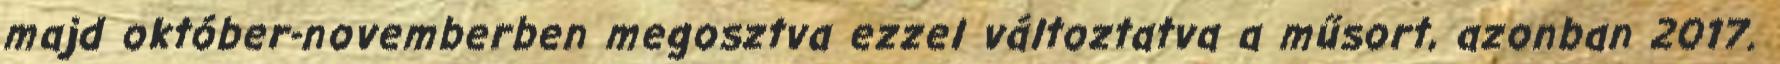
majd október-novemberben megosztva ezzel változtatva a műsort, azonban 2017.